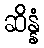
ဆိန္နံ